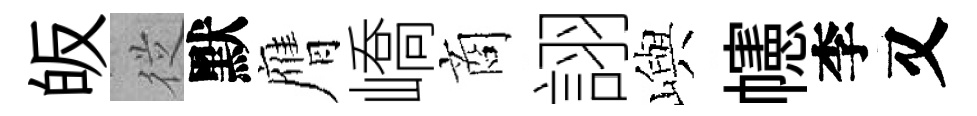
皈従默膺嶠商詡嶼幰李又